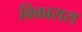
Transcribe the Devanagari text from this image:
विकारास